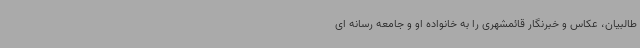
طالبیان، عکاس و خبرنگار قائمشهری را به خانواده او و جامعه رسانه ای